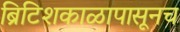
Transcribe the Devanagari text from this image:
ब्रिटिशकाळापासूनच